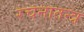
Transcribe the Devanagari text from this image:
रचनातन्त्र